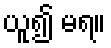
ယူ၍ မရ။